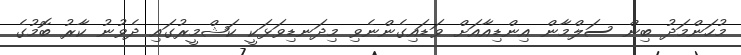
މުހަންމަދު ބިން ސަލްމާން އިންޑިއާއަށް ވަޑައިގެންނެވި މިދަނޑިވަޅަކީ ކަޝްމީރުގައި ދެވުނު ކާރު ބޮމުގެ